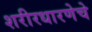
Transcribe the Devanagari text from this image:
शरीरधारणेचे